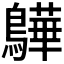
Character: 𫛓